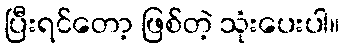
ပြီးရင်တော့ ဖြစ်တဲ့ သုံးပေးပါ။